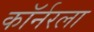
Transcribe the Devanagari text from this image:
काॅर्नरला